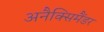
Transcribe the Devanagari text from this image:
अनैक्सिमैंडर